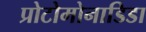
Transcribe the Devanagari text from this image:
प्रोटोमोनाडिडा